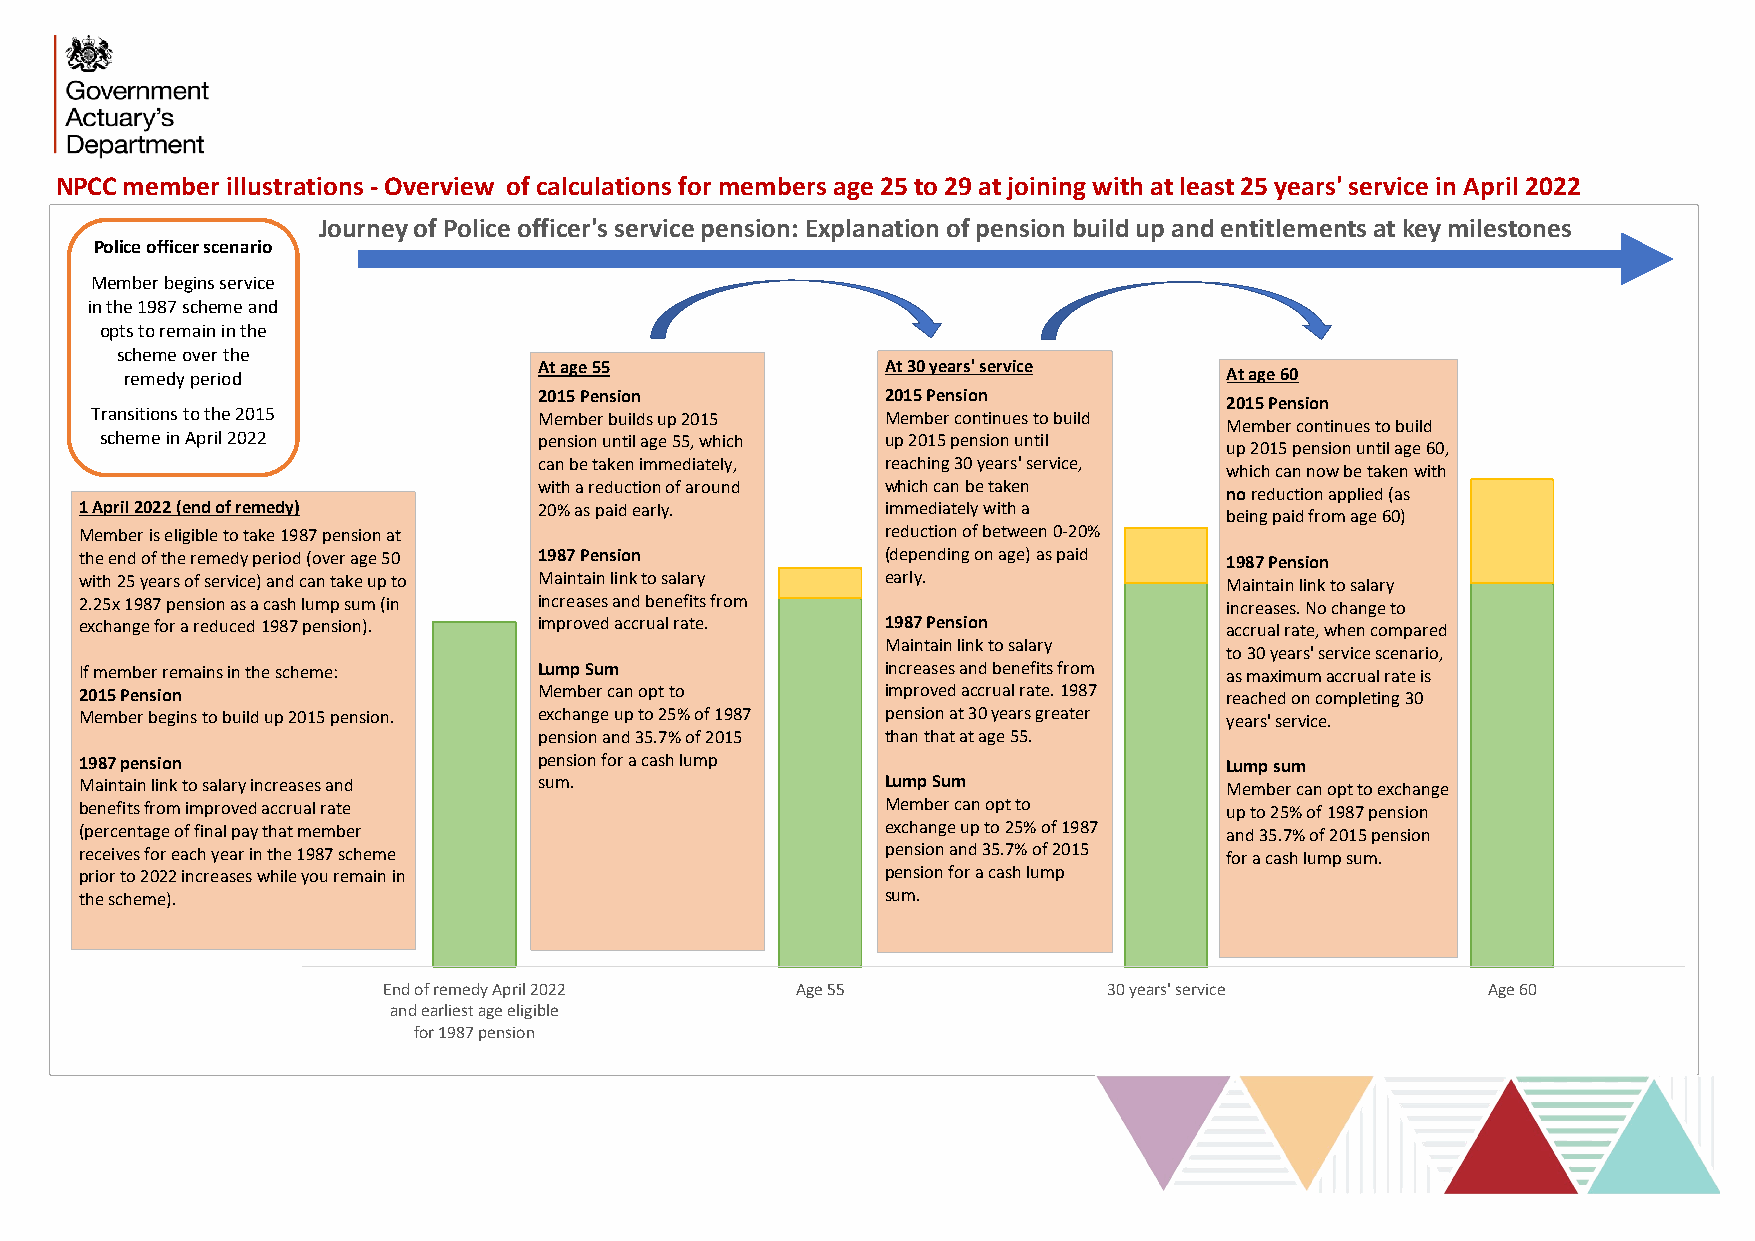
NPCC member illustrations - Overview of calculations for members age 25 to 29 at joining with at least 25 years' service in April 2022
 Journey of Police officer's service pension: Explanation of pension build up and entitlements at key milestones
 Police officer scenario
 Member begins service
 in the 1987 scheme and
 opts to remain in the
 scheme over the
 At age 55              At 30 years' service
 remedy period                                                            At age 60
 2015 Pension           2015 Pension
 2015 Pension
 Transitions to the 2015       Member builds up 2015  Member continues to build
 Member continues to build
 scheme in April 2022         pension until age 55, which up 2015 pension until
 up 2015 pension until age 60,
 can be taken immediately, reaching 30 years' service,
 which can now be taken with
 with a reduction of around which can be taken
 noreduction applied (as
 1 April 2022 (end of remedy)   20% as paid early.     immediately with a
 being paid from age 60)
 Member is eligible to take 1987 pension at            reduction of between 0-20%
 the end of the remedy period (over age 50 1987 Pension (depending on age) as paid 1987 Pension
 with 25 years of service) and can take up to Maintain link to salary early. Maintain link to salary
 2.25x 1987 pension as a cash lump sum (in increases and benefits from       increases. No change to
 exchange for a reduced 1987 pension). improved accrual rate. 1987 Pension   accrual rate, when compared
 Maintain link to salary
 to 30 years' service scenario,
 If member remains in the scheme: Lump Sum             increases and benefits from as maximum accrual rate is
 2015 Pension                   Member can opt to      improved accrual rate. 1987 reached on completing 30
 Member begins to build up 2015 pension. exchange up to 25% of 1987 pension at 30 years greater years' service.
 pension and 35.7% of 2015 than that at age 55.
 1987 pension                   pension for a cash lump                      Lump sum
 Maintain link to salary increases and sum.            Lump Sum              Member can opt to exchange
 benefits from improved accrual rate                   Member can opt to     up to 25% of 1987 pension
 (percentage of final pay that member                  exchange up to 25% of 1987 and 35.7% of 2015 pension
 receives for each year in the 1987 scheme             pension and 35.7% of 2015 for a cash lump sum.
 prior to 2022 increases while you remain in           pension for a cash lump
 the scheme).                                          sum.
 End of remedy April 2022    Age 55              30 years' service        Age 60
 and earliest age eligible
 for 1987 pension